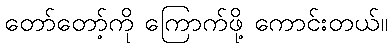
တော်တော့်ကို ကြောက်ဖို့ ကောင်းတယ်။